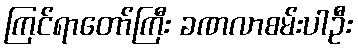
ကြင်ရာတော်ကြီး ခဏလာစမ်းပါဦး